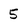
Character: 5